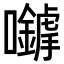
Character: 𡅈